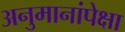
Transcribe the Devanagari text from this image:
अनुमानांपेक्षा